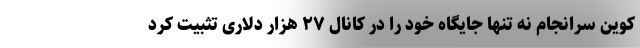
کوین سرانجام نه تنها جایگاه خود را در کانال ۲۷ هزار دلاری تثبیت کرد